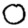
Digit: 0